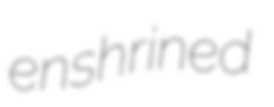
enshrined